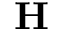
\textbf { H }